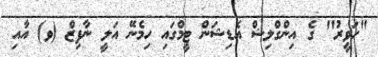
"ހަވީރު" ގެ އިންގްލިޝް އެޑިޝަން ޓީމްގައި ހިމެނޭ އަލީ ނާފިޒް (ވ) އާއި